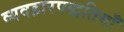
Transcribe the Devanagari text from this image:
व्यवहारपद्धतियाँ